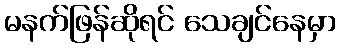
မနက်ဖြန်ဆိုရင် သေချင်နေမှာ